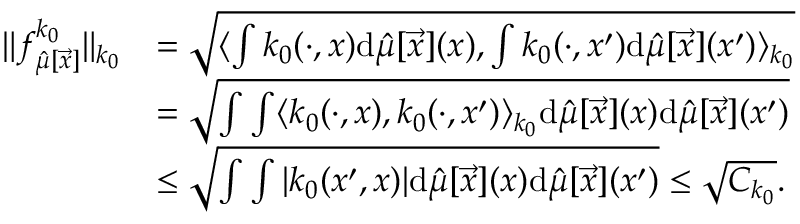
\begin{array} { r l } { \| f _ { \hat { \mu } [ \vec { x } ] } ^ { k _ { 0 } } \| _ { k _ { 0 } } } & { = \sqrt { \langle \int k _ { 0 } ( \cdot , x ) \mathrm { d } \hat { \mu } [ \vec { x } ] ( x ) , \int k _ { 0 } ( \cdot , x ^ { \prime } ) \mathrm { d } \hat { \mu } [ \vec { x } ] ( x ^ { \prime } ) \rangle _ { k _ { 0 } } } } \\ & { = \sqrt { \int \int \langle k _ { 0 } ( \cdot , x ) , k _ { 0 } ( \cdot , x ^ { \prime } ) \rangle _ { k _ { 0 } } \mathrm { d } \hat { \mu } [ \vec { x } ] ( x ) \mathrm { d } \hat { \mu } [ \vec { x } ] ( x ^ { \prime } ) } } \\ & { \leq \sqrt { \int \int | k _ { 0 } ( x ^ { \prime } , x ) | \mathrm { d } \hat { \mu } [ \vec { x } ] ( x ) \mathrm { d } \hat { \mu } [ \vec { x } ] ( x ^ { \prime } ) } \leq \sqrt { C _ { k _ { 0 } } } . } \end{array}